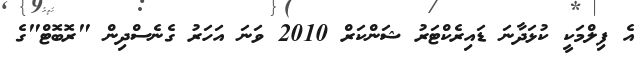
އެ ފިލްމަކީ ކުޅަދާނަ ޑައިރެކްޓަރު ޝަންކަރް 2010 ވަނަ އަހަރު ގެނެސްދިން "ރޮބޮޓް"ގެ